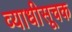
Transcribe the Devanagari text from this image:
व्याधीसूचक